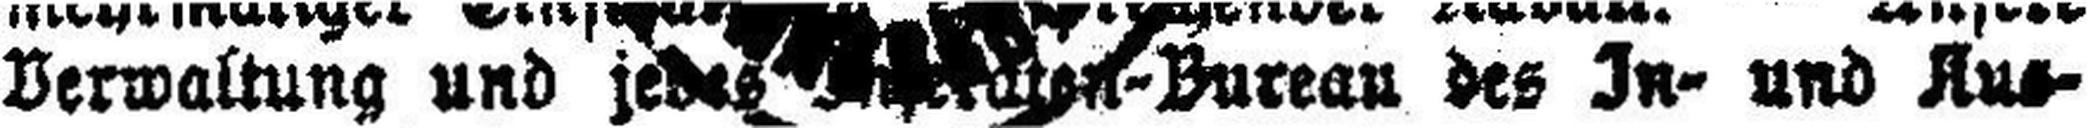
Verwaltung und jedes ###n-Burean des In- und Aus¬